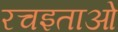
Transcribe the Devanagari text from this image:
रचइताओं